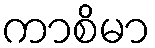
ကာစိမာ